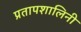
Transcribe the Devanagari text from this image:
प्रतापशालिनी